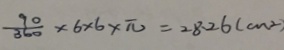
\frac { 9 0 } { 3 6 0 } \times 6 \times 6 \times \pi = 2 8 . 2 6 ( c m ^ { 2 } )